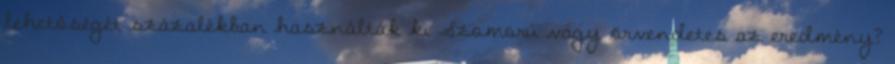
lehetőségét százalékban használták ki Szomorú vagy örvendetes az eredmény?